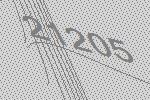
21205